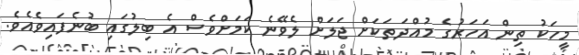
މީހަކު ތިން އަހަރުގެ މުއްދަތަކަށް ޖަލަށް ލެވޭނެ ކަމަށްވެސް އެ ބިލުގައި ބުނެފައިވެއެވެ.